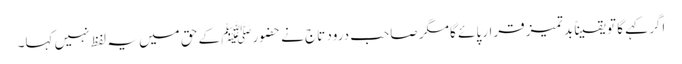
اگر کہے گا تو یقیناً بد تمیز قرار پائے گا مگر صاحب درود تاج نے حضورﷺ کے حق میں یہ لفظ نہیں کہا۔